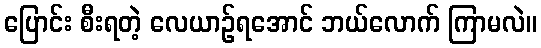
ပြောင်း စီးရတဲ့ လေယာဉ်ရအောင် ဘယ်လောက် ကြာမလဲ။